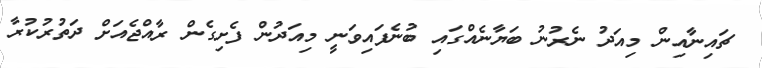
ޗައިނާއިން މިއަދު ނެރުނު ބަޔާނެއްގައި ބުނެފައިވަނީ މިއަދުން ފެށިގެން ރާއްޖެއަށް ދަތުރުކުރާ